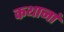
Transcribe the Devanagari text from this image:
कथानां